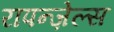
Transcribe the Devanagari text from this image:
रापन्ज़ेल्स